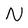
Character: N